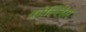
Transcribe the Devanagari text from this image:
कोल्लिंस